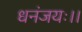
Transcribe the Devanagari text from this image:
धनंजयः।।